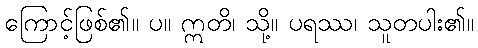
ကြောင့်ဖြစ်၏။ ပ။ ဣတိ၊ သို့။ ပရဿ၊ သူတပါး၏။